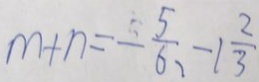
m + n = - \frac { 5 } { 6 } , - 1 \frac { 2 } { 3 }